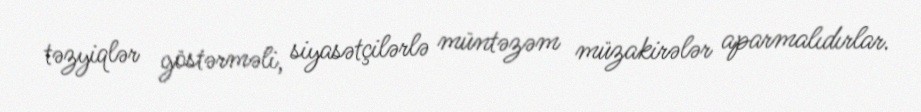
təzyiqlər göstərməli, siyasətçilərlə müntəzəm müzakirələr aparmalıdırlar.